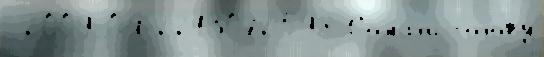
 2009-04-2213072598 Сомал'и́ голову